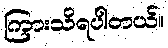
ကြားသိရပါတယ်။